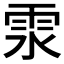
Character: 𩂍